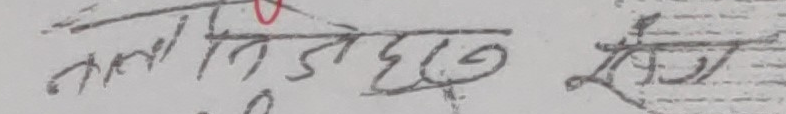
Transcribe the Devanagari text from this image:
नाला निजेहरू झुँगी